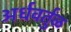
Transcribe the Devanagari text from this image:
अर्धवर्तुळ